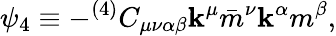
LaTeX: \psi_{4}\equiv-^{(4)}C_{\mu\nu\alpha\beta}\mathbf{k}^{\mu}\bar{{m}}^{\nu}\mathbf{k}^{\alpha}m^{\beta},